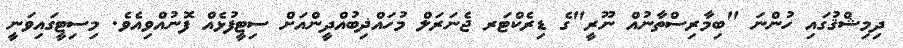
ދިމިޝްޤުގައި ހުންނަ "ބިމާރިސްތާނުއް ނޫރީ"ގެ ޑިރެކްޓަރ ޖެނަރަލް މުހައްޛިބުއްދީންއަށް ސިޓީފުޅެއް ފޮނުއްވިއެވެ. މިސިޓީގައިވަނީ